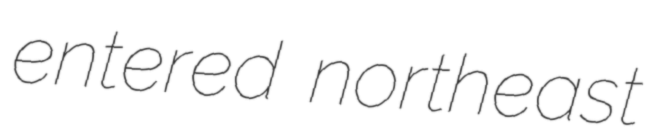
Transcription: entered northeast